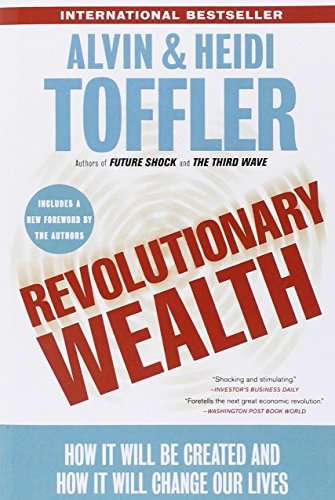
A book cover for Revolutionary Wealth: How it will be created and how it will change our lives; Alvin Toffler; Business & Money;